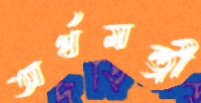
অর্থমন্ত্রী